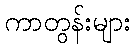
ကာတွန်းများ